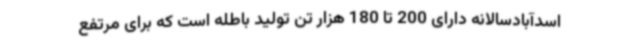
اسدآبادسالانه دارای 200 تا 180 هزار تن تولید باطله است که برای مرتفع